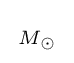
{\begin{smallmatrix}M_{\odot }\end{smallmatrix}}